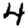
Digit: 4